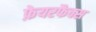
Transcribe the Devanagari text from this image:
फ़ेयरफैक्स